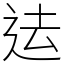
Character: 迲